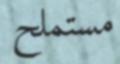
مستملح